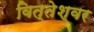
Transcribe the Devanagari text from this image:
वित्तेश्वर